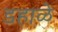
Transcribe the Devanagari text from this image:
डहाळे